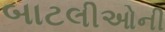
બાટલીઓની